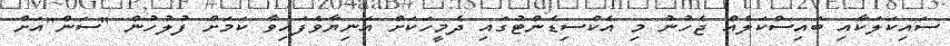
ސައިކަލަކާއި ބައިސްކަލެއް ޖެހުނު މި އެކްސިޑެންޓުގައި ދެމީހަކަށް އަނިޔާވެފައިވާ ކަމަށް ފުލުހުން "ސަން"އަށް